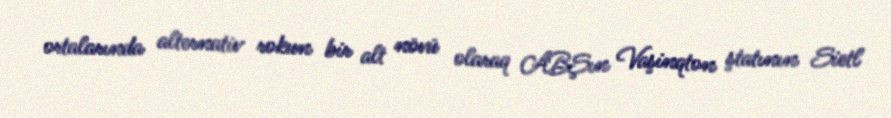
ortalarında alternativ rokun bir alt növü olaraq ABŞın Vaşinqton ştatının Sietl